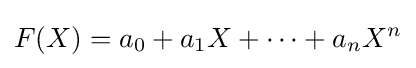
F(X)=a_{0}+a_{1}X+\dots +a_{n}X^{n}